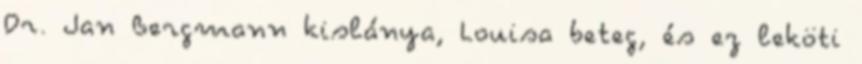
Dr. Jan Bergmann kislánya, Louisa beteg, és ez leköti